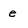
Character: e